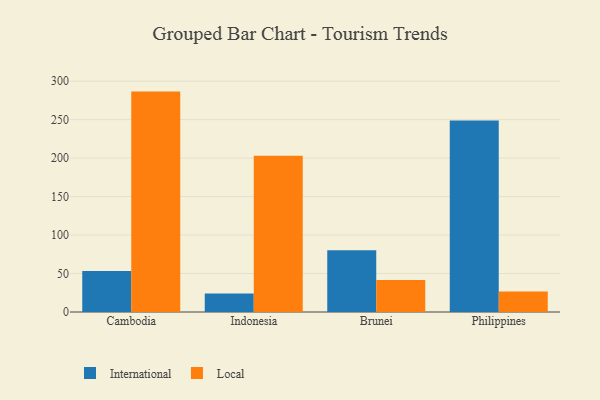
{"axis": {"x": "Country", "y": "Energy Usage (MWh)"}, "legend": ["International", "Local"], "data": [{"x": "Cambodia", "y": 53.3, "type": "International"}, {"x": "Cambodia", "y": 286.4, "type": "Local"}, {"x": "Indonesia", "y": 24.0, "type": "International"}, {"x": "Indonesia", "y": 203.0, "type": "Local"}, {"x": "Brunei", "y": 80.3, "type": "International"}, {"x": "Brunei", "y": 41.7, "type": "Local"}, {"x": "Philippines", "y": 248.9, "type": "International"}, {"x": "Philippines", "y": 26.6, "type": "Local"}]}